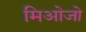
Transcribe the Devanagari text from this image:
मिओजो